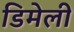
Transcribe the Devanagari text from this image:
डिमेली